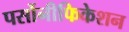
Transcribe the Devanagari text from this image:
पर्सोनीफिकेशन